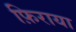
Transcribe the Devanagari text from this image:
फ़िराया